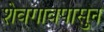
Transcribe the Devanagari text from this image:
शेवगावपासुन